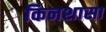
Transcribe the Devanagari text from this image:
किनशासा